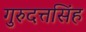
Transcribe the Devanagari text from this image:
गुरुदत्तसिंह